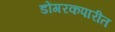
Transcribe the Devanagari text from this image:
डोंगरकपारीत